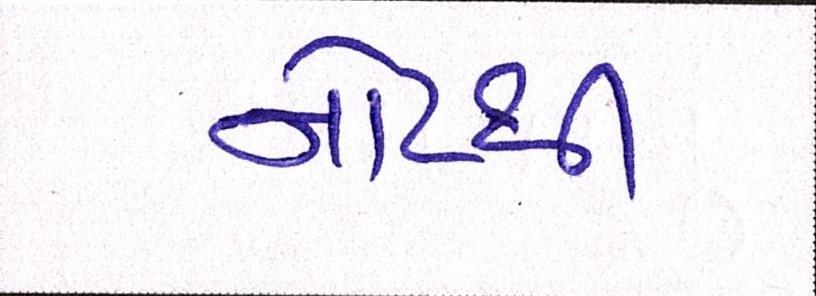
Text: નોટથી